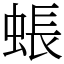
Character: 䗅